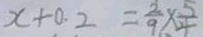
x + 0 . 2 = \frac { 2 } { 9 } \times \frac { 5 } { 4 }